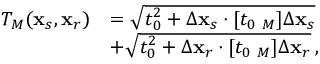
\begin{array} { r l } { { \cal T } _ { M } ( { \bf x } _ { s } , { \bf x } _ { r } ) } & { = \sqrt { t _ { 0 } ^ { 2 } + \Delta { \bf x } _ { s } \cdot [ t _ { 0 } { \bf \Gamma } _ { M } ] \Delta { \bf x } _ { s } } } \\ & { + \sqrt { t _ { 0 } ^ { 2 } + \Delta { \bf x } _ { r } \cdot [ t _ { 0 } { \bf \Gamma } _ { M } ] \Delta { \bf x } _ { r } } \, , } \end{array}